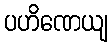
ပဟိဏေယျ